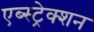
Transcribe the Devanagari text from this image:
एब्स्ट्रेक्शन